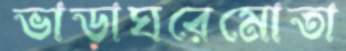
ভাড়াঘরেমোতা